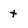
Character: t